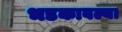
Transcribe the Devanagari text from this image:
भडकावल्या